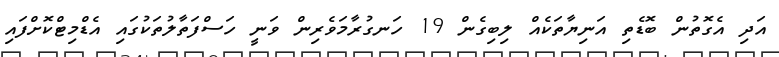
އަދި އެގޮތުން ބޮޑެތި އަނިޔާތަކެއް ލިބިގެން 19 ހަނގުރާމަވެރިން ވަނީ ހަސްފަތާލުތަކުގައި އެޑްމިޓްކޮށްފައި